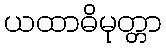
ယထာဓိမုတ္တာ